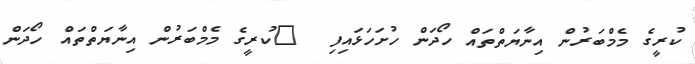
ކުރީގެ މެމްބަރުން އިނާޔަތްތައް ހޯދަން ހުށަހަޅައިފި  	ކުރީގެ މެމްބަރުން އިނާޔަތްތައް ހޯދަން